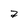
Character: a